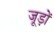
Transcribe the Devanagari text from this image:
जूड़ों